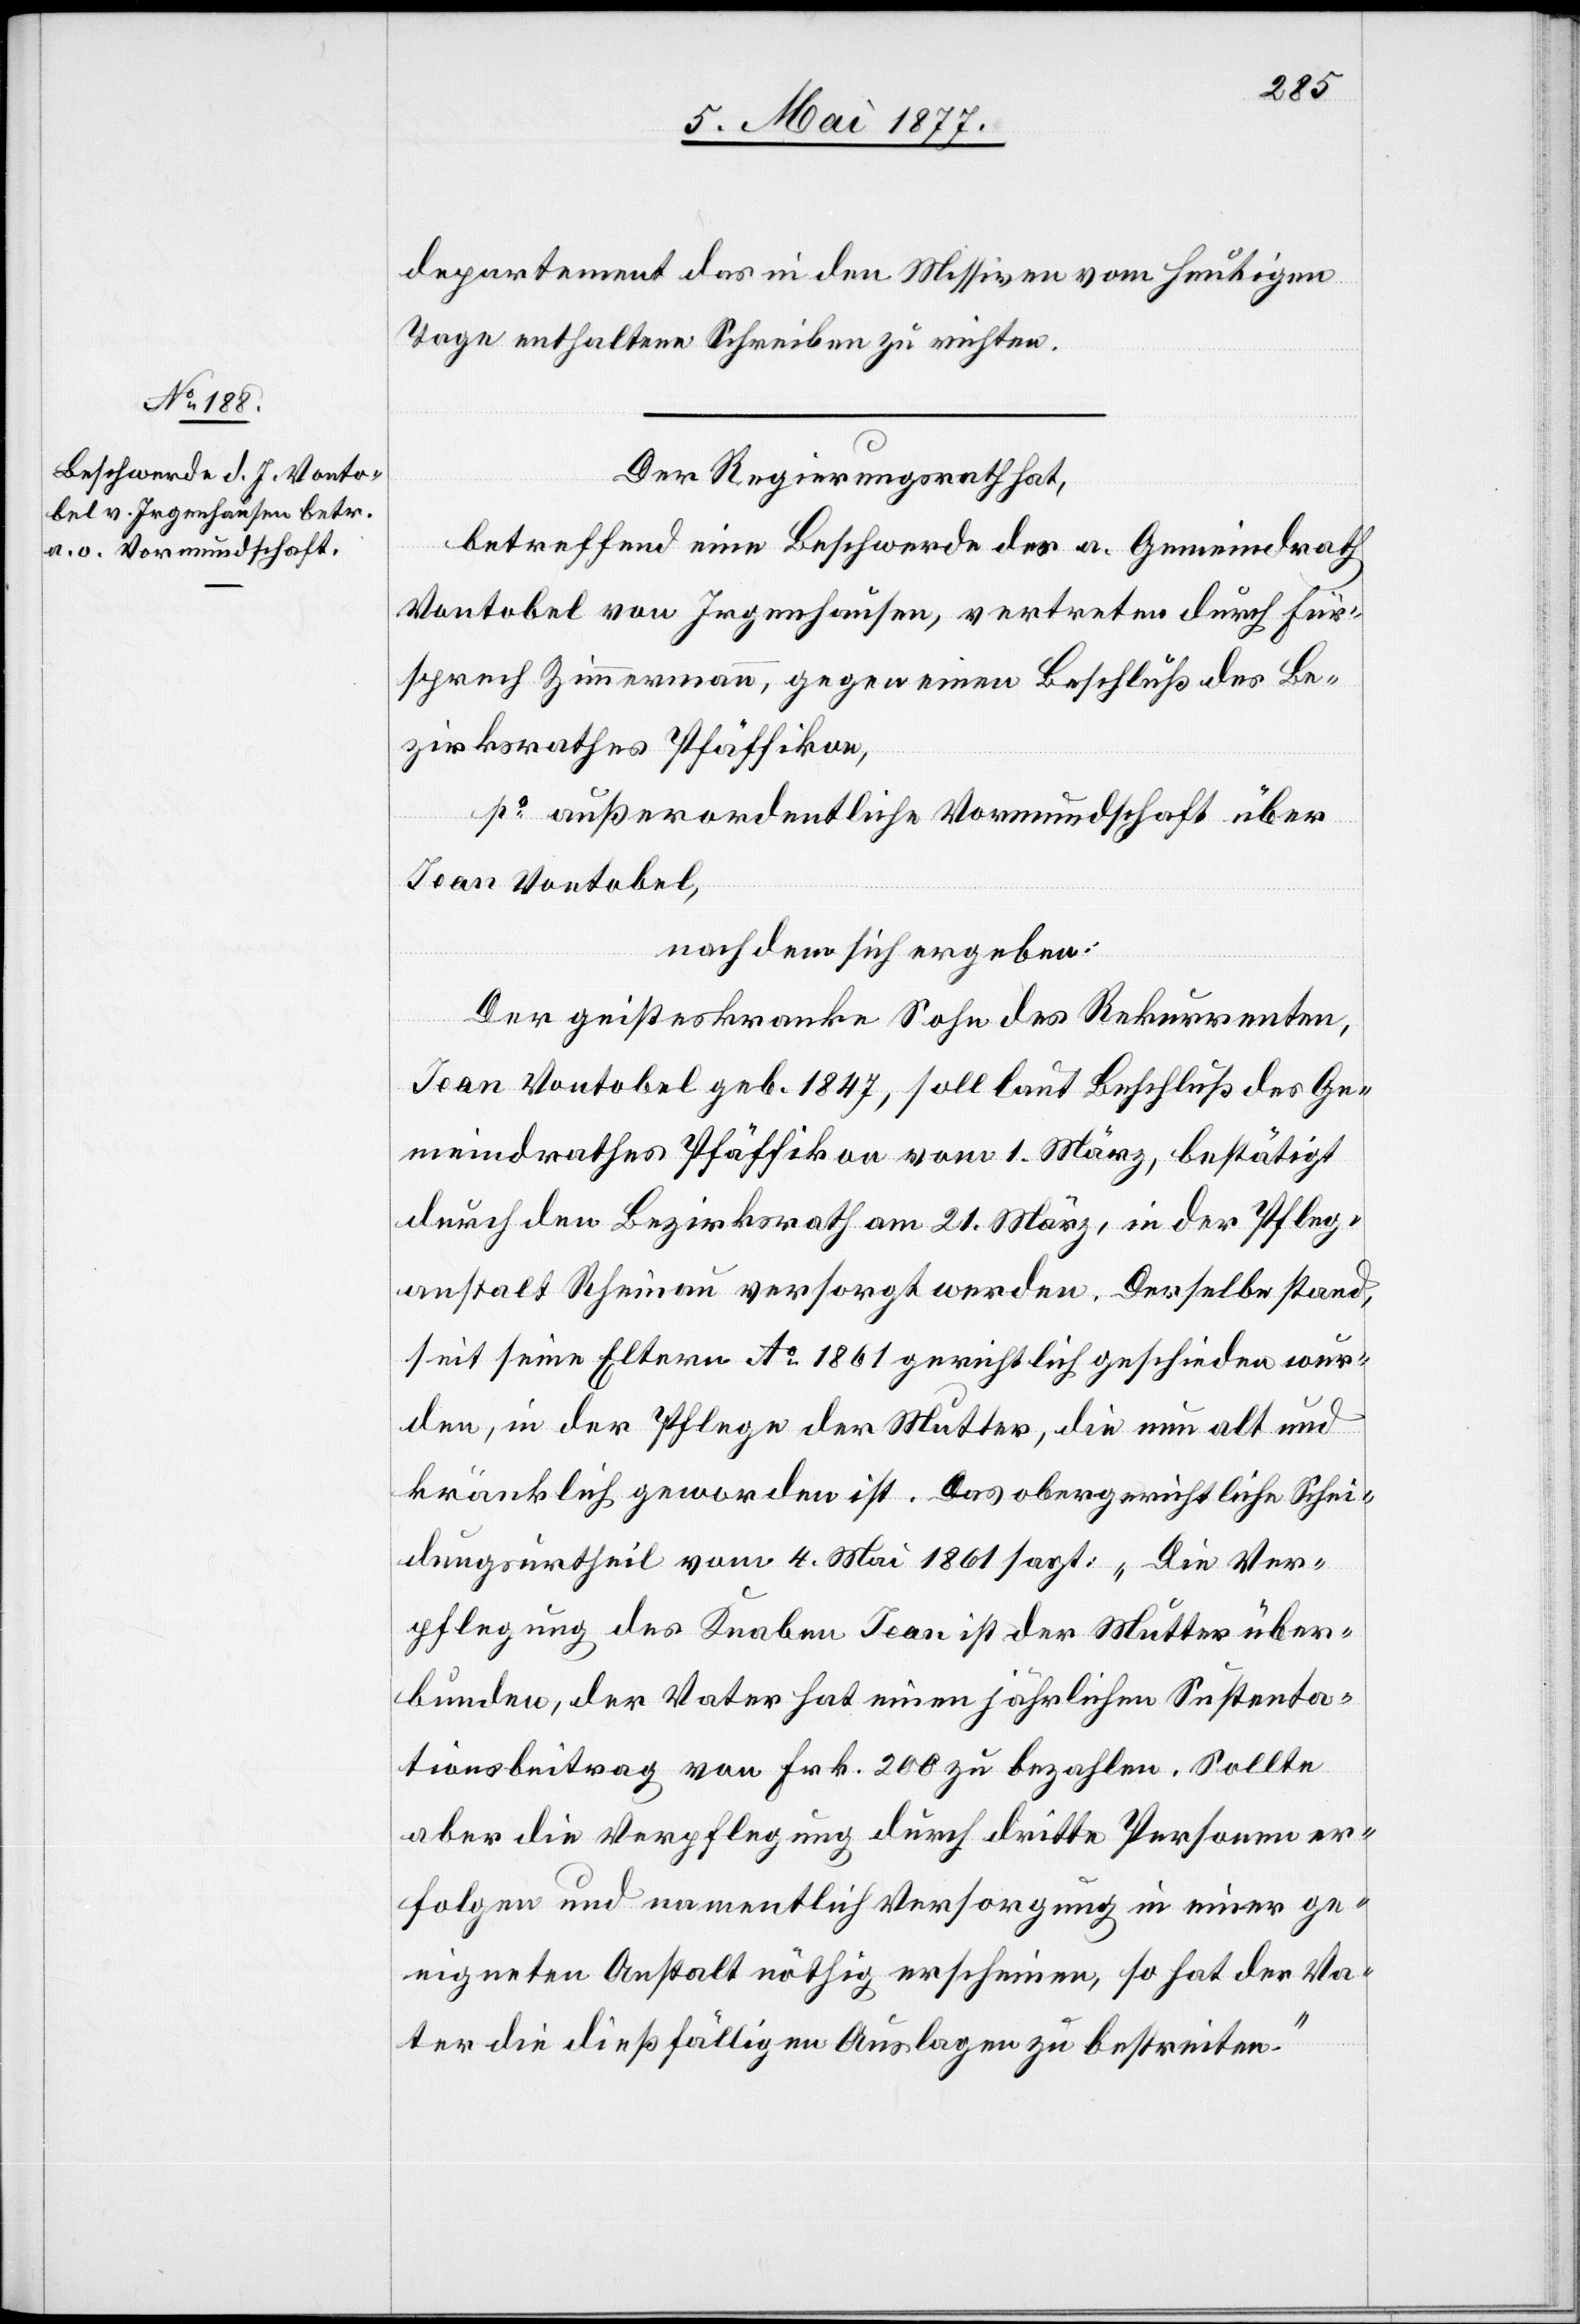
departement das in den Missiven vom heutigen
Tage enthaltene Schreiben zu richten.
Der Regierungsrath hat,
betreffend eine Beschwerde des a. Gemeindrath
Vontobel von Irgenhausen, vertreten durch Für¬
sprech Zimmermann, gegen einen Beschluß des Be¬
zirksrathes Pfäffikon,
po außerordentliche Vormundschaft über
Jean Vontobel,
nachdem sich ergeben:
Der geisteskranke Sohn des Rekurrenten,
Jean Vontobel geb. 1847, soll laut Beschluß des Ge¬
meindrathes Pfäffikon vom 1. März, bestätigt
durch den Bezirksrath am 21. März, in der Pfleg¬
anstalt Rheinau versorgt werden. Derselbe stand,
seit seine Eltern Ao 1861 gerichtlich geschieden wur¬
den, in der Pflege der Mutter, die nun alt und
kränklich geworden ist. Das obergerichtliche Schei¬
dungsurtheil vom 4. Mai 1861 sagt: „Die Ver¬
pflegung des Knaben Jean ist der Mutter über¬
bunden, der Vater hat einen jährlichen Sustenta¬
tionsbeitrag von Frk. 200 zu bezahlen. Sollte
aber die Verpflegung durch dritte Personen er¬
folgen und namentlich Versorgung in einer ge¬
eigneten Anstalt nöthig erscheinen, so hat der Va¬
ter die dießfälligen Auslagen zu bestreiten.“